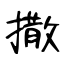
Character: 撒